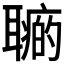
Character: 𦗽